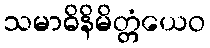
သမာဓိနိမိတ္တံယေဝ